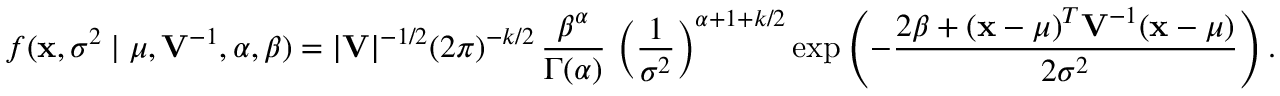
f ( \mathbf { x } , \sigma ^ { 2 } \mid \mu , \mathbf { V } ^ { - 1 } , \alpha , \beta ) = | \mathbf { V } | ^ { - 1 / 2 } { ( 2 \pi ) ^ { - k / 2 } } \, { \frac { \beta ^ { \alpha } } { \Gamma ( \alpha ) } } \, \left( { \frac { 1 } { \sigma ^ { 2 } } } \right) ^ { \alpha + 1 + k / 2 } \exp \left( - { \frac { 2 \beta + ( \mathbf { x } - { \boldsymbol { \mu } } ) ^ { T } \mathbf { V } ^ { - 1 } ( \mathbf { x } - { \boldsymbol { \mu } } ) } { 2 \sigma ^ { 2 } } } \right) .